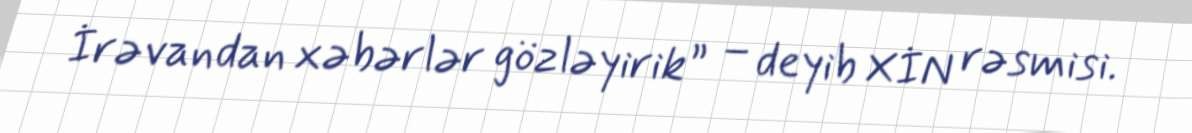
İrəvandan xəbərlər gözləyirik” – deyib XİN rəsmisi.